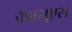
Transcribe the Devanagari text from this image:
केएस्‌एस्‌